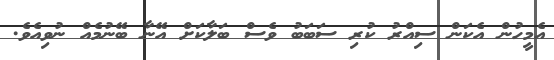
އެމީހުން އެކަން ސިއްރު ކުރި ސަބަބު ވެސް ބަލާކަށް އޭނާ ބޭނުމެއް ނުވިއެވެ.